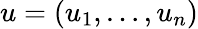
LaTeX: u=(u_{1},\ldots,u_{n})